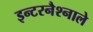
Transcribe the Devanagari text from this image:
इन्टरनैश्नाले